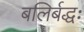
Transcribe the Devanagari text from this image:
बलिर्बद्धः